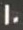
20